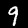
Label: 9